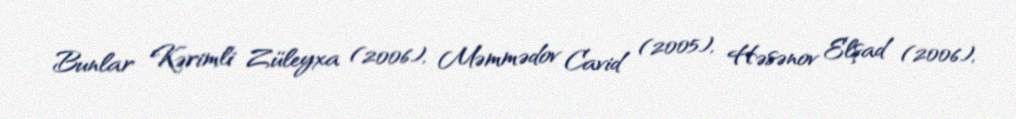
Bunlar Kərimli Züleyxa (2006), Məmmədov Cavid (2005), Həsənov Elşad (2006),